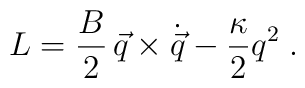
{L} = {B\over 2} \, \vec q \times \dot{\vec q} -{\kappa\over 2} q^2 \;.